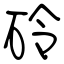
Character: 砱